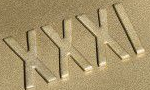
XXXI